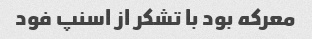
معرکه بود با تشکر از اسنپ فود